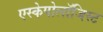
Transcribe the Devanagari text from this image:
एस्केपोलॉजिस्ट